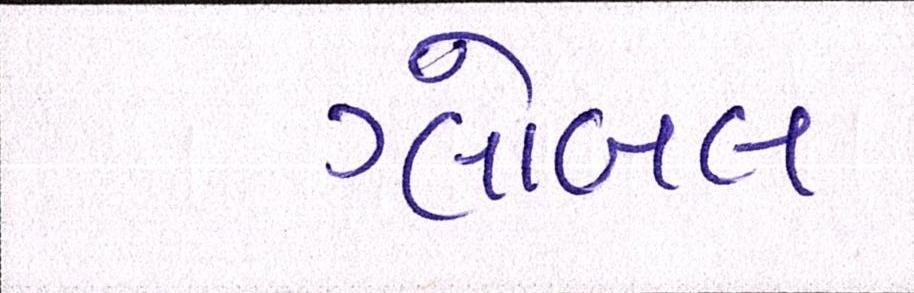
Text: ગ્લોબલ